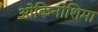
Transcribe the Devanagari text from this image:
ओकिनोशिमा